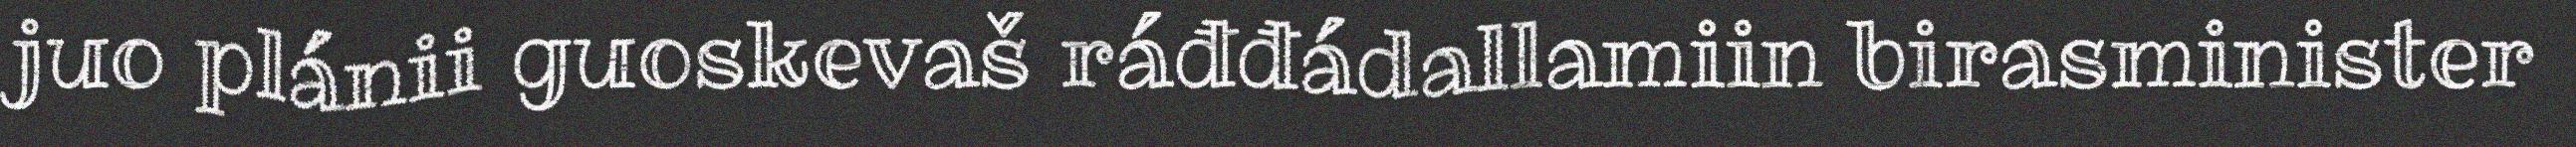
juo plánii guoskevaš ráđđádallamiin birasminister